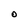
Character: O